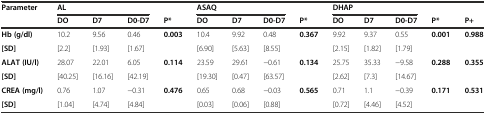
<table><thead><tr><td><b>Parameter</b></td><td colspan="3"><b>AL</b></td><td>[EMPTY_CELL]</td><td colspan="3"><b>ASAQ</b></td><td>[EMPTY_CELL]</td><td colspan="3"><b>DHAP</b></td><td>[EMPTY_CELL]</td><td>[EMPTY_CELL]</td></tr><tr><td>[EMPTY_CELL]</td><td><b>DO</b></td><td><b>D7</b></td><td><b>D0-D7</b></td><td><b>P*</b></td><td><b>DO</b></td><td><b>D7</b></td><td><b>D0-D7</b></td><td><b>P*</b></td><td><b>DO</b></td><td><b>D7</b></td><td><b>D0-D7</b></td><td><b>P*</b></td><td><b>P+</b></td></tr></thead><tbody><tr><td><b>Hb (g/dl)</b></td><td>10.2</td><td>9.56</td><td>0.46</td><td rowspan="2"><b>0.003</b></td><td>10.4</td><td>9.92</td><td>0.48</td><td rowspan="2"><b>0.367</b></td><td>9.92</td><td>9.37</td><td>0.55</td><td rowspan="2"><b>0.001</b></td><td rowspan="2"><b>0.988</b></td></tr><tr><td><b>[SD]</b></td><td>[2.2]</td><td>[1.93]</td><td>[1.67]</td><td>[6.90]</td><td>[5.63]</td><td>[8.55]</td><td>[2.15]</td><td>[1.82]</td><td>[1.79]</td></tr><tr><td><b>ALAT (IU/l)</b></td><td>28.07</td><td>22.01</td><td>6.05</td><td rowspan="2"><b>0.114</b></td><td>23.59</td><td>29.61</td><td>−0.61</td><td rowspan="2"><b>0.134</b></td><td>25.75</td><td>35.33</td><td>−9.58</td><td rowspan="2"><b>0.288</b></td><td rowspan="2"><b>0.355</b></td></tr><tr><td><b>[SD]</b></td><td>[40.25]</td><td>[16.16]</td><td>[42.19]</td><td>[19.30]</td><td>[0.47]</td><td>[63.57]</td><td>[2.62]</td><td>[7.3]</td><td>[14.67]</td></tr><tr><td><b>CREA (mg/l)</b></td><td>0.76</td><td>1.07</td><td>−0.31</td><td rowspan="2"><b>0.476</b></td><td>0.65</td><td>0.68</td><td>−0.03</td><td rowspan="2"><b>0.565</b></td><td>0.71</td><td>1.1</td><td>−0.39</td><td rowspan="2"><b>0.171</b></td><td rowspan="2"><b>0.531</b></td></tr><tr><td><b>[SD]</b></td><td>[1.04]</td><td>[4.74]</td><td>[4.84]</td><td>[0.03]</td><td>[0.06]</td><td>[0.88]</td><td>[0.72]</td><td>[4.46]</td><td>[4.52]</td></tr></tbody></table>